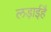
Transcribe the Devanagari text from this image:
लड़ाईहै